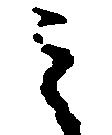
之